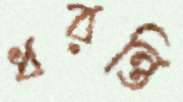
ধরন্তি